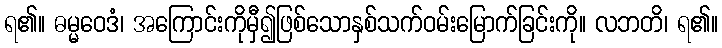
ရ၏။ ဓမ္မဝေဒံ၊ အကြောင်းကိုမှီ၍ဖြစ်သောနှစ်သက်ဝမ်းမြောက်ခြင်းကို။ လဘတိ၊ ရ၏။